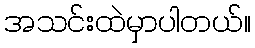
အသင်းထဲမှာပါတယ်။